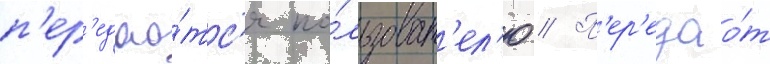
п'ер'едао́тс'я по́льзоват'ел'ю // П'ер'едао́т